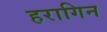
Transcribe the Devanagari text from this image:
हरागिन